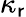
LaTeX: \kappa_{\mathsf{r}}